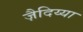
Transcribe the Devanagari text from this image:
ज़ैदिय्या